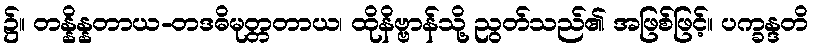
၌။ တန္နိန္နတာယ-တဒဓိမုတ္တတာယ၊ ထိုနိဗ္ဗာန်သို့ ညွတ်သည်၏ အဖြစ်ဖြင့်။ ပက္ခန္ဒတိ